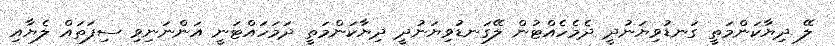
ލޭ ދިޔާކަންމަތީ ގަނޑުވިޔަނުދީ ދެމެހެއްޓުން ލޭގަނޑުވިޔަނުދީ ދިޔާކަންމަތީ ދަމަހައްޓަނީ އަންނަނިވި ސިފަތައް ލެޔާއި